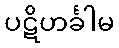
ပဋိဟင်္ခါမ